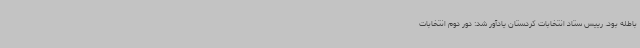
باطله بود. رییس ستاد انتخابات کردستان یادآور شد: دور دوم انتخابات